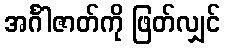
အင်္ဂါဇာတ်ကို ဖြတ်လျှင်